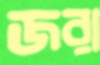
জরা